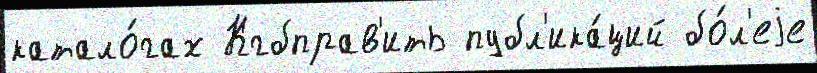
катало́гах Кгбправ'ить публ'ика́ций бо́л'еjе